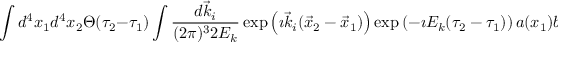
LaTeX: \int d ^ { 4 } x _ { 1 } d ^ { 4 } x _ { 2 } \Theta ( \tau _ { 2 } - \tau _ { 1 } ) \int \frac { d { \vec { k } _ { i } } } { ( 2 \pi ) ^ { 3 } 2 E _ { k } } \exp \left( \imath { \vec { k } _ { i } } ( { \vec { x } _ { 2 } } - { \vec { x } _ { 1 } } ) \right) \exp \left( - \imath E _ { k } ( \tau _ { 2 } - \tau _ { 1 } ) \right) a ( x _ { 1 } ) b ^ { * } ( x _ { 2 } ) ,